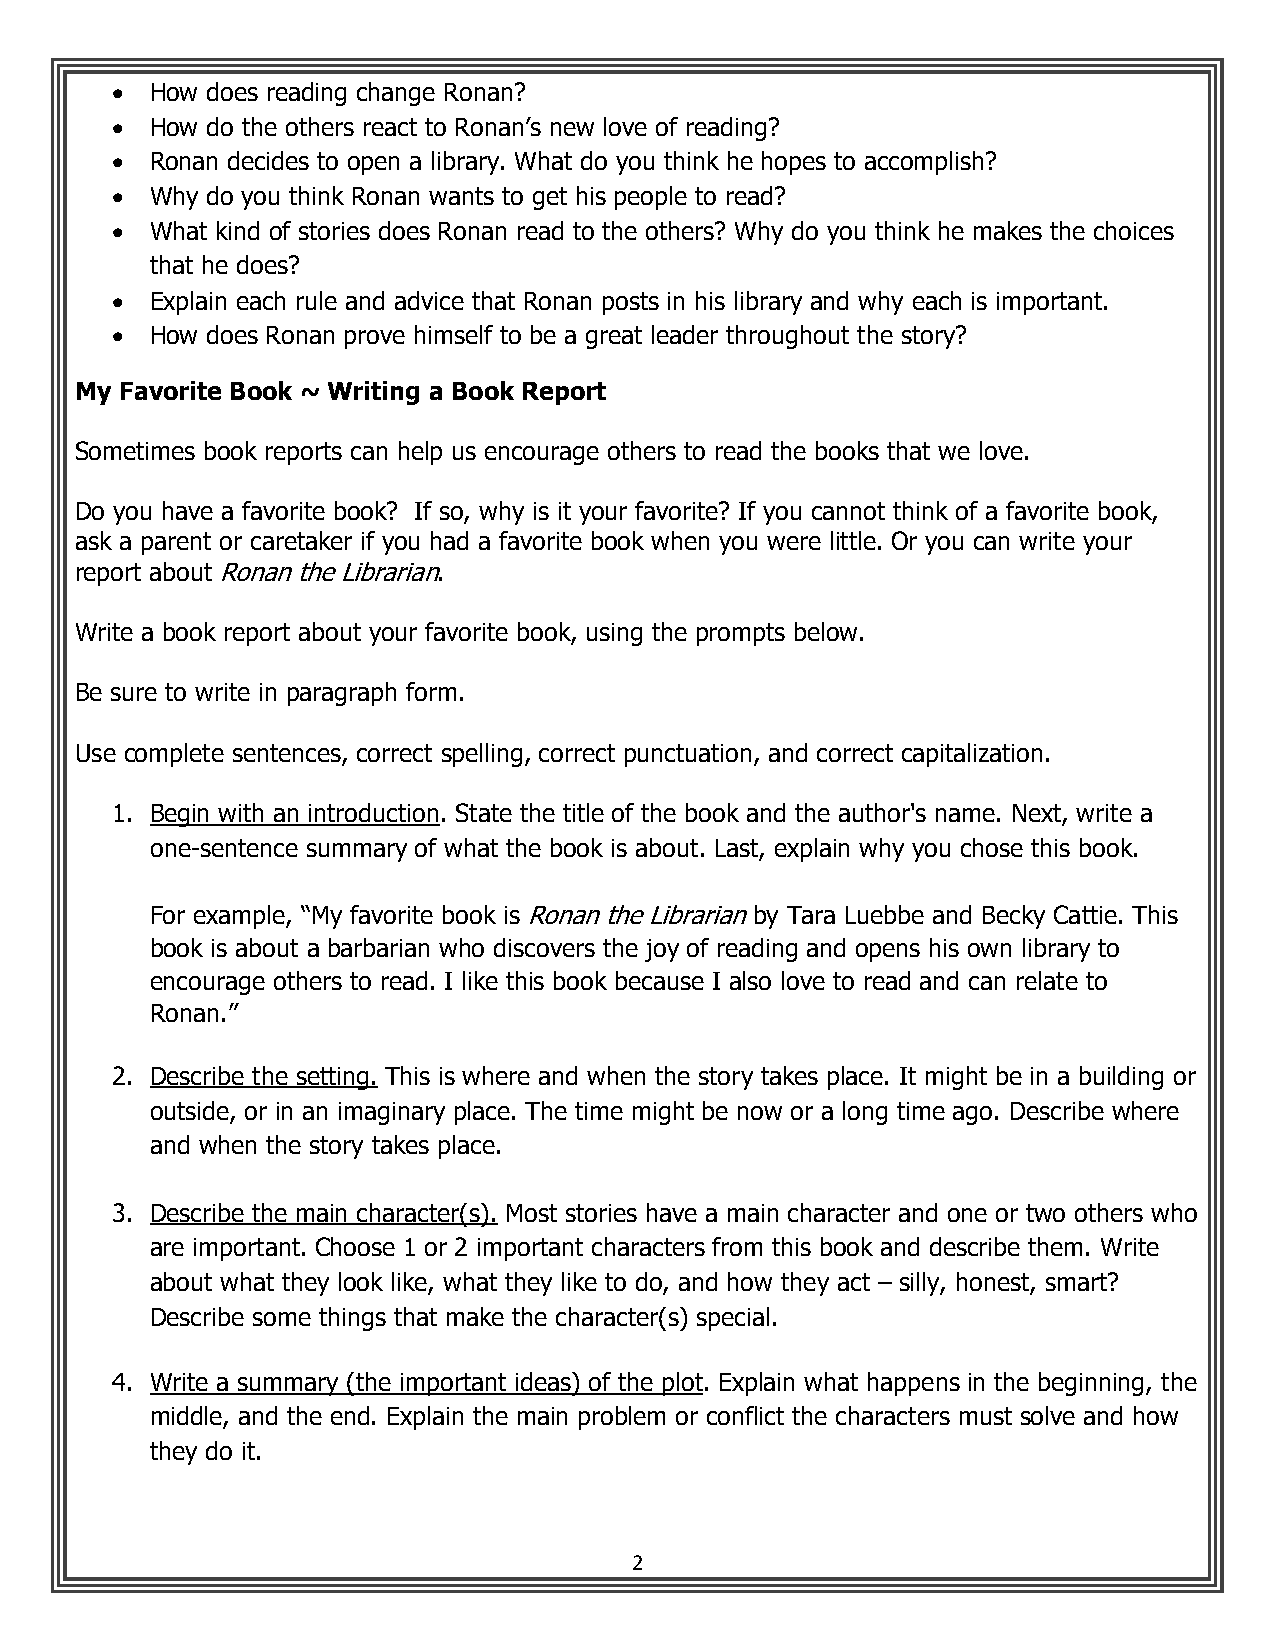
•  How does reading change Ronan?
 •  How do the others react to Ronan’s new love of reading?
 •  Ronan decides to open a library. What do you think he hopes to accomplish?
 •  Why do you think Ronan wants to get his people to read?
 •  What kind of stories does Ronan read to the others? Why do you think he makes the choices
 that he does?
 •  Explain each rule and advice that Ronan posts in his library and why each is important.
 •  How does Ronan prove himself to be a great leader throughout the story?
 My Favorite Book ~ Writing a Book Report
 Sometimes book reports can help us encourage others to read the books that we love.
 Do you have a favorite book? If so, why is it your favorite? If you cannot think of a favorite book,
 ask a parent or caretaker if you had a favorite book when you were little. Or you can write your
 report about Ronan the Librarian.
 Write a book report about your favorite book, using the prompts below.
 Be sure to write in paragraph form.
 Use complete sentences, correct spelling, correct punctuation, and correct capitalization.
 1. Begin with an introduction. State the title of the book and the author's name. Next, write a
 one-sentence summary of what the book is about. Last, explain why you chose this book.
 For example, “My favorite book is Ronan the Librarian by Tara Luebbe and Becky Cattie. This
 book is about a barbarian who discovers the joy of reading and opens his own library to
 encourage others to read. I like this book because I also love to read and can relate to
 Ronan.”
 2. Describe the setting. This is where and when the story takes place. It might be in a building or
 outside, or in an imaginary place. The time might be now or a long time ago. Describe where
 and when the story takes place.
 3. Describe the main character(s). Most stories have a main character and one or two others who
 are important. Choose 1 or 2 important characters from this book and describe them. Write
 about what they look like, what they like to do, and how they act – silly, honest, smart?
 Describe some things that make the character(s) special.
 4. Write a summary (the important ideas) of the plot. Explain what happens in the beginning, the
 middle, and the end. Explain the main problem or conflict the characters must solve and how
 they do it.
 2